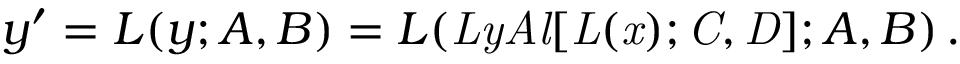
y ^ { \prime } = L ( y ; A , B ) = L ( \mathit { L y A l [ L ( x ) ; C , D ] } ; A , B ) \, .